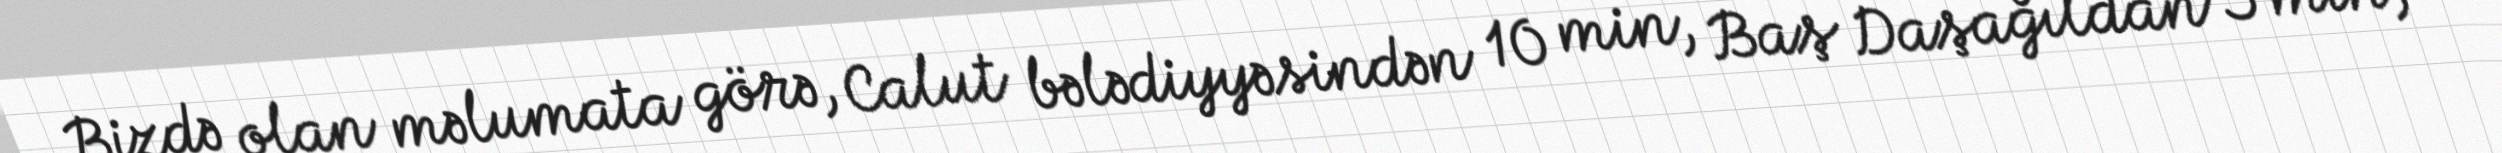
Bizdə olan məlumata görə, Calut bələdiyyəsindən 10 min, Baş Daşağıldan 5 min,